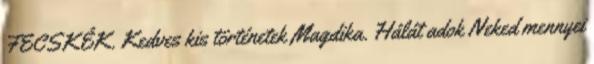
FECSKÉK. Kedves kis történetek Magdika. Hálát adok Neked mennyei